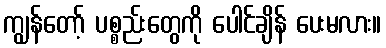
ကျွန်တော့် ပစ္စည်းတွေကို ပေါင်ချိန် ပေးမလား။